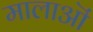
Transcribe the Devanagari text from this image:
मालाऒं